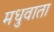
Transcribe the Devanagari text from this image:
मधुवाता